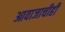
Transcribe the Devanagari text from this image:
आवाजाचीही